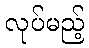
လုပ်မည့်